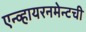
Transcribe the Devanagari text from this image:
एन्व्हायरनमेन्टची